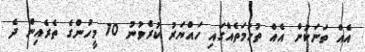
އެއް ތަނަކުން އެއް ތުހުމަތެއްގައި ހައްޔަރު ކުރެވުނު 10 މީހުންގެ ތެރެއިން ދެ